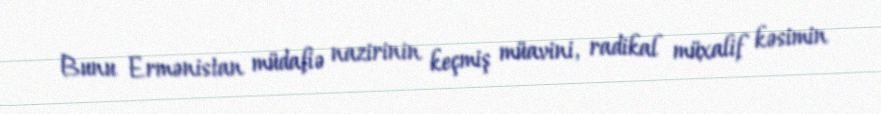
Bunu Ermənistan müdafiə nazirinin keçmiş müavini, radikal müxalif kəsimin